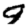
Digit: 9